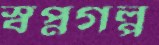
স্বপ্নগল্প